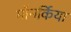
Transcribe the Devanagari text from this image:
मॉनर्किया